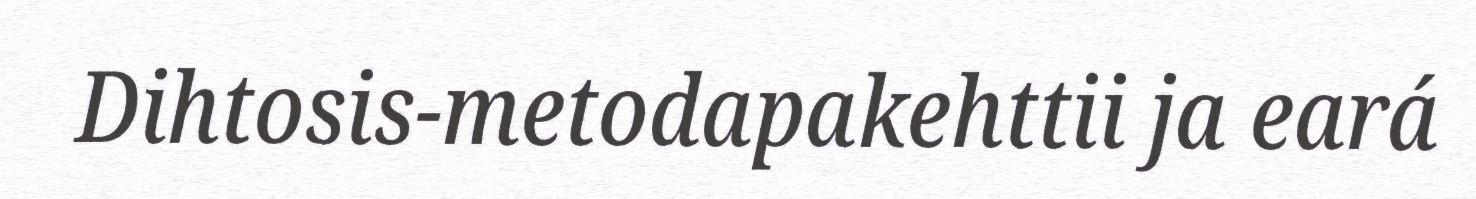
Dihtosis-metodapakehttii ja eará